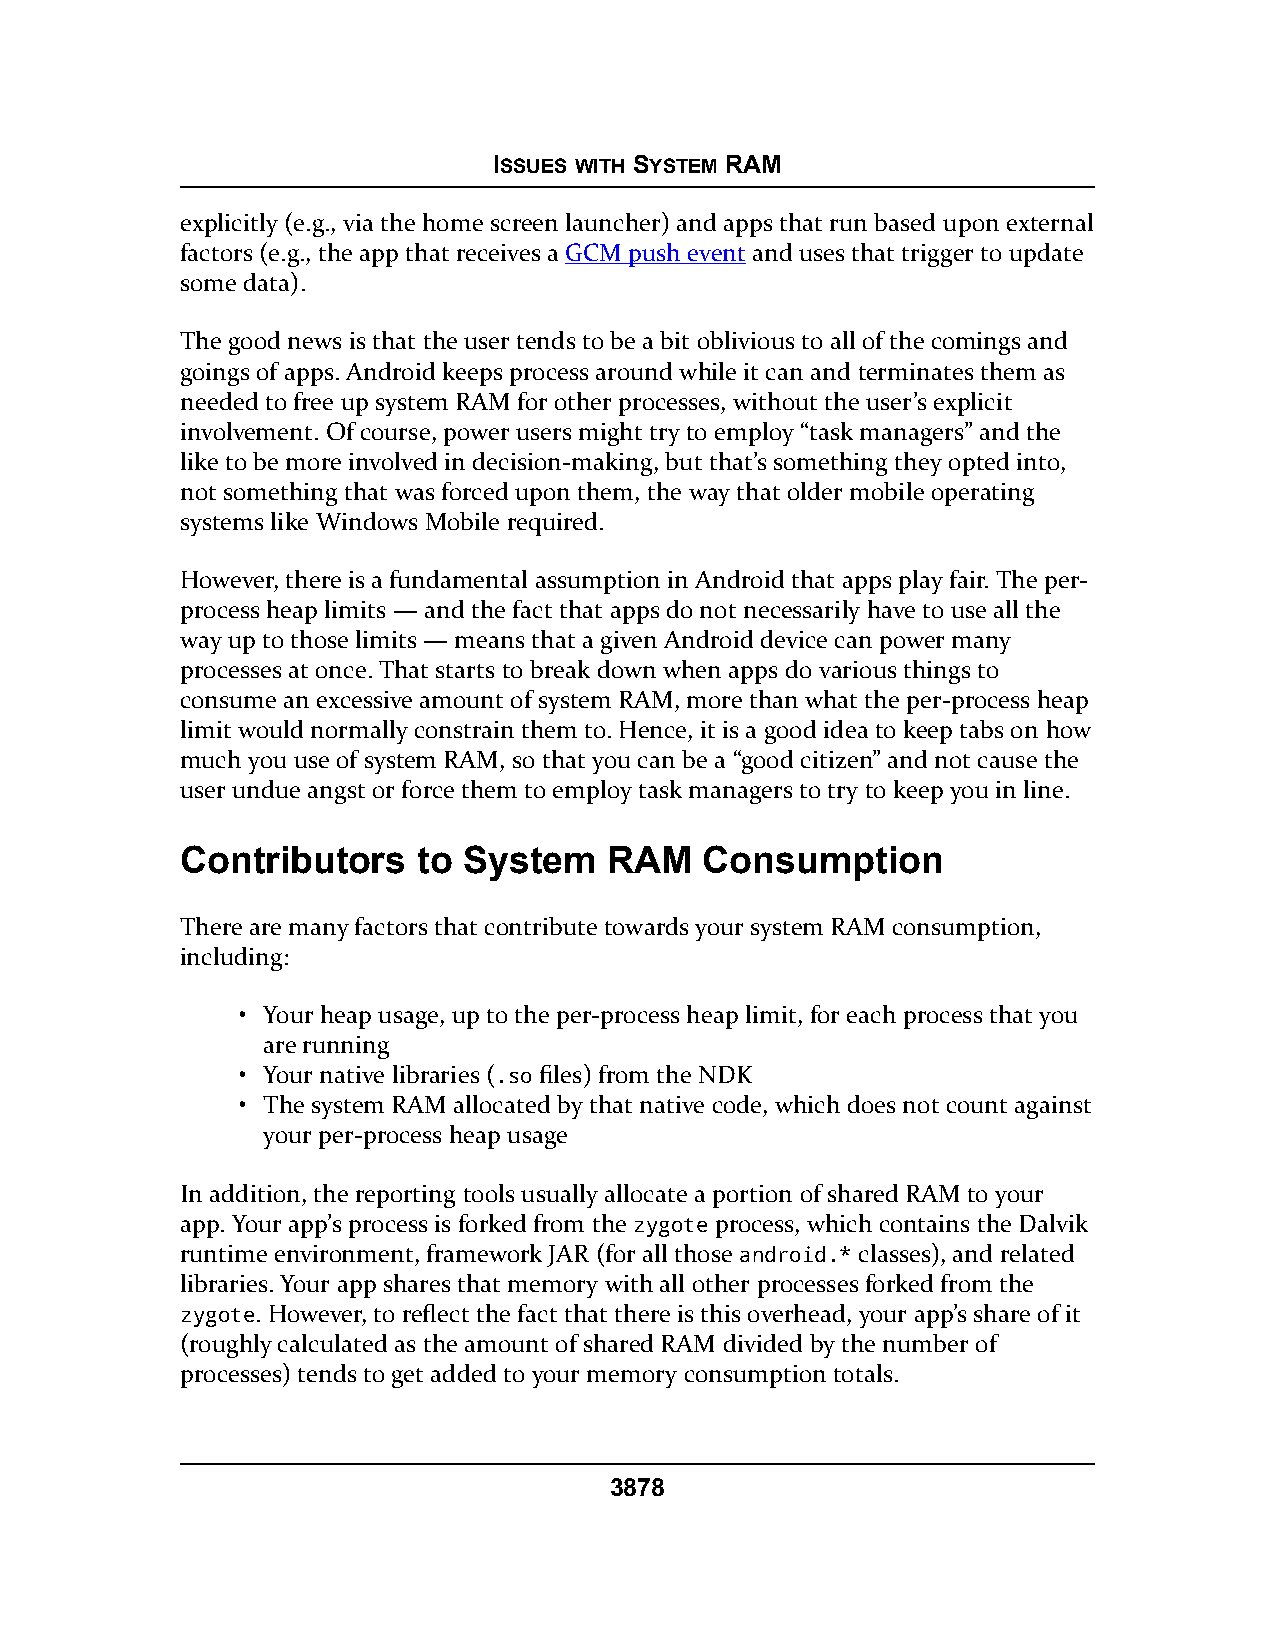
ISSUES WITH SYSTEM RAM
 explicitly (e.g., via the home screen launcher) and apps that run based upon external
 factors (e.g., the app that receives a GCM push event and uses that trigger to update
 some data).
 The good news is that the user tends to be a bit oblivious to all of the comings and
 goings of apps. Android keeps process around while it can and terminates them as
 needed to free up system RAM for other processes, without the user’s explicit
 involvement. Of course, power users might try to employ “task managers” and the
 like to be more involved in decision-making, but that’s something they opted into,
 not something that was forced upon them, the way that older mobile operating
 systems like Windows Mobile required.
 However, there is a fundamental assumption in Android that apps play fair. The per-
 process heap limits — and the fact that apps do not necessarily have to use all the
 way up to those limits — means that a given Android device can power many
 processes at once. That starts to break down when apps do various things to
 consume an excessive amount of system RAM, more than what the per-process heap
 limit would normally constrain them to. Hence, it is a good idea to keep tabs on how
 much you use of system RAM, so that you can be a “good citizen” and not cause the
 user undue angst or force them to employ task managers to try to keep you in line.
 Contributors    to System   RAM    Consumption
 There are many factors that contribute towards your system RAM consumption,
 including:
 • Your heap usage, up to the per-process heap limit, for each process that you
 are running
 • Your native libraries (.so files) from the NDK
 • The system RAM allocated by that native code, which does not count against
 your per-process heap usage
 In addition, the reporting tools usually allocate a portion of shared RAM to your
 app. Your app’s process is forked from the zygote process, which contains the Dalvik
 runtime environment, framework JAR (for all those android.* classes), and related
 libraries. Your app shares that memory with all other processes forked from the
 zygote. However, to reflect the fact that there is this overhead, your app’s share of it
 (roughly calculated as the amount of shared RAM divided by the number of
 processes) tends to get added to your memory consumption totals.
 3878